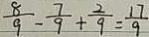
\frac { 8 } { 9 } - \frac { 7 } { 9 } + \frac { 2 } { 9 } = \frac { 1 7 } { 9 }